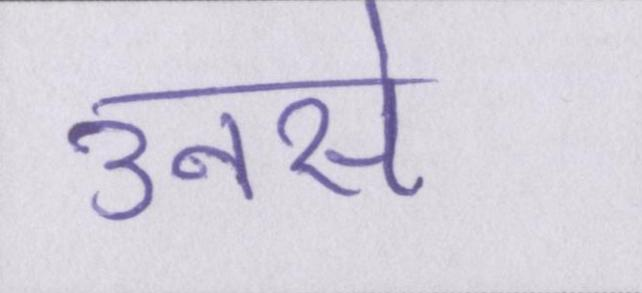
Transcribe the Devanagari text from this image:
उनसे